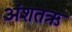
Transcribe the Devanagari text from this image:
अंशतऋ